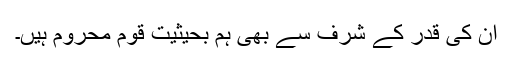
ان کی قدر کے شرف سے بھی ہم بحیثیت قوم محروم ہیں۔